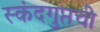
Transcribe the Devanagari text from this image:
स्कंदगुप्तची